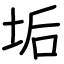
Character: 垢